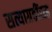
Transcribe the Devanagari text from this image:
सत्याग्रहींसह